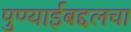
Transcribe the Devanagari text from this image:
पुण्याईबद्दलचा